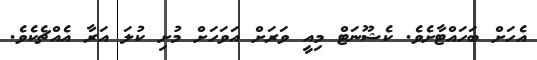
އެހަށް ބަހައްޓާށެވެ. ކެޝޫނަޓް މިއީ ވަރަށް އަވަހަށް މުށި ކުލަ އަރާ އެއްޗެކެވެ.